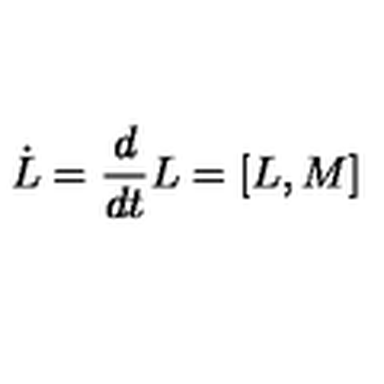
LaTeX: \dot { L } = { \frac { d } { d t } } L = [ L , M ]